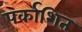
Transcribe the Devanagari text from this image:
पर्काशित